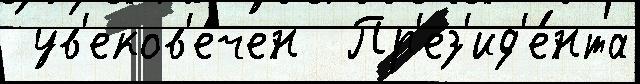
 ув'еков'е́чен  Пр'ез'ид'е́нта